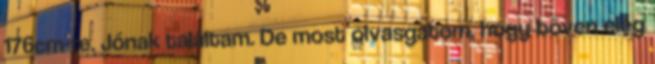
176cm-re. Jónak találtam. De most olvasgatom, hogy bõven elég